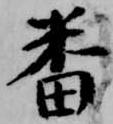
番